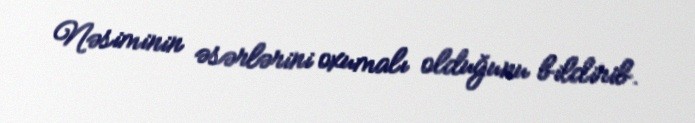
Nəsiminin əsərlərini oxumalı olduğunu bildirib.